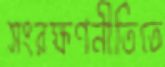
সংরক্ষণনীতিতে